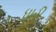
ધારી